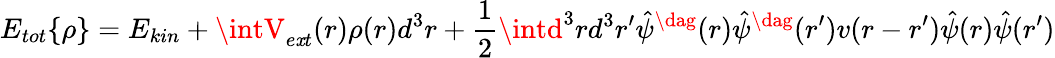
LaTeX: E_{tot}\{ \rho\} =E_{kin}+\intV_{e\mathit{x}t}(r)\rho(r)d^{3}r+\frac{1}{2}\intd^{3}rd^{3}r^{\prime}\hat{{\psi}}^{\dag}(r)\hat{{\psi}}^{\dag}(r^{\prime})v(r-r^{\prime})\hat{{\psi}}(r)\hat{{\psi}}(r^{\prime})